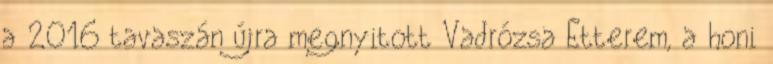
a 2016 tavaszán újra megnyitott Vadrózsa Étterem, a honi